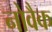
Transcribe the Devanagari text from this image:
नोवैक